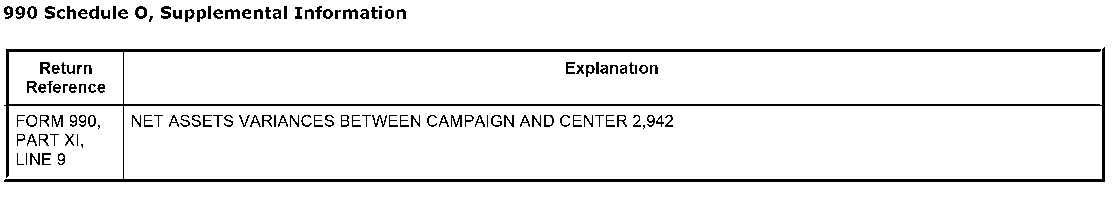
990 Schedule 0, Supplemental Information
 Return                            Explanation
 Reference
 FORM 990, NET ASSETS VARIANCES BETWEEN CAMPAIGN AND CENTER 2,942
 PART XI,
 LINE 9